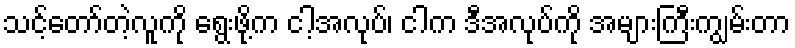
သင့်တော်တဲ့လူကို ရွေးဖို့က ငါ့အလုပ်၊ ငါက ဒီအလုပ်ကို အများကြီးကျွမ်းတာ